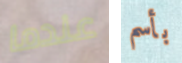
عندما بأسم